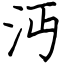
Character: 沔